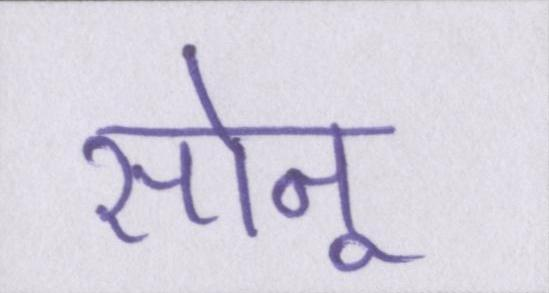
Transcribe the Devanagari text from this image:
सोनू